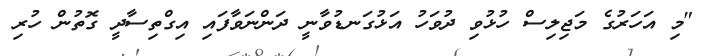
"މި އަހަރުގެ މަޖިލިސް ހުޅުވި ދުވަހު އަޅުގަނޑުވާނީ ދަންނަވާފައި އިގްތިސާދީ ގޮތުން ހުރި